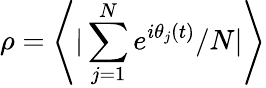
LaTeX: \rho=\left\langle|\sum_{j=1}^{N}e^{i\theta_{j}(t)}/N|\right\rangle